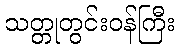
သတ္တုတွင်းဝန်ကြီး